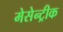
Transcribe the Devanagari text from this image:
मेसेन्ट्रीक